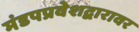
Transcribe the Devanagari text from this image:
मंडपप्रवेशद्वारावर